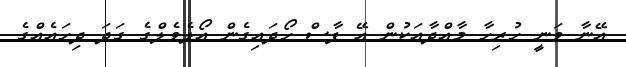
އޭނާ ވަނީ ހުރިހާ މާއްދާއަކުން އޭ ފާސް ހޯދައިގެން އޯލެވެލްގެ ގަދަ ދިހައެއްގެ